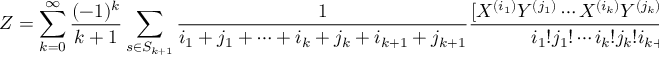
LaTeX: Z = \sum _ { k = 0 } ^ { \infty } { \frac { ( - 1 ) ^ { k } } { k + 1 } } \sum _ { s \in S _ { k + 1 } } { \frac { 1 } { i _ { 1 } + j _ { 1 } + \cdots + i _ { k } + j _ { k } + i _ { k + 1 } + j _ { k + 1 } } } { \frac { [ X ^ { ( i _ { 1 } ) } Y ^ { ( j _ { 1 } ) } \cdots X ^ { ( i _ { k } ) } Y ^ { ( j _ { k } ) } X ^ { ( i _ { k + 1 } ) } Y ^ { ( j _ { k + 1 } ) } ] } { i _ { 1 } ! j _ { 1 } ! \cdots i _ { k } ! j _ { k } ! i _ { k + 1 } ! j _ { k + 1 } ! } } , \quad i _ { r } , j _ { r } \geq 0 , \quad i _ { r } + j _ { r } > 0 , \quad 1 \leq r \leq k + 1 ,